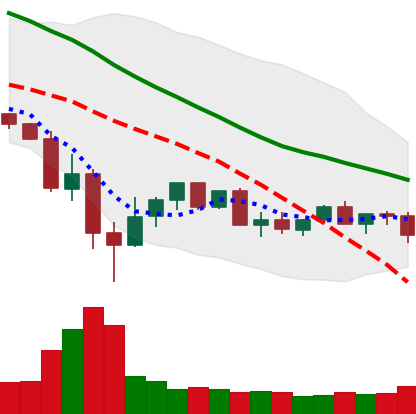
Ticker: XLM-USD
Chart end date: 2022-05-26
Forward return: 20.273%
Label: up_7plus